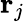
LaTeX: \mathbf{r}_{j}